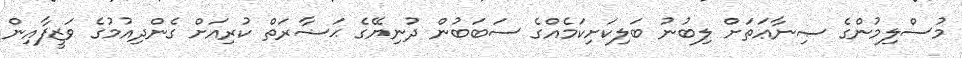
މުސްލިމުންގެ ޞިނާޢަތަށް ލިބުނު ބަލިކަށިކަމެއްގެ ސަބަބުން ދުނިޔޭގެ ޙަޟާރަތް ކުރިއަށް ގެންދިއުމުގެ ވަޒީފާއިން